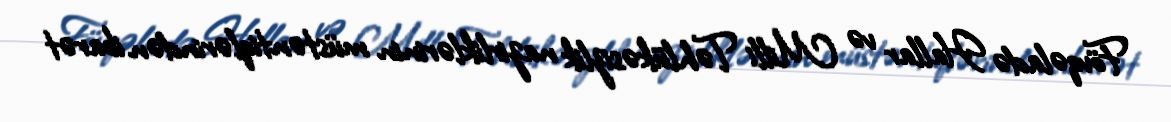
Fövqəladə Hallar və Milli Təhlükəsizlik nazirliklərinin müstəntiqlərindən ibarət